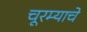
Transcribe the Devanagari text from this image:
चूरम्याचे